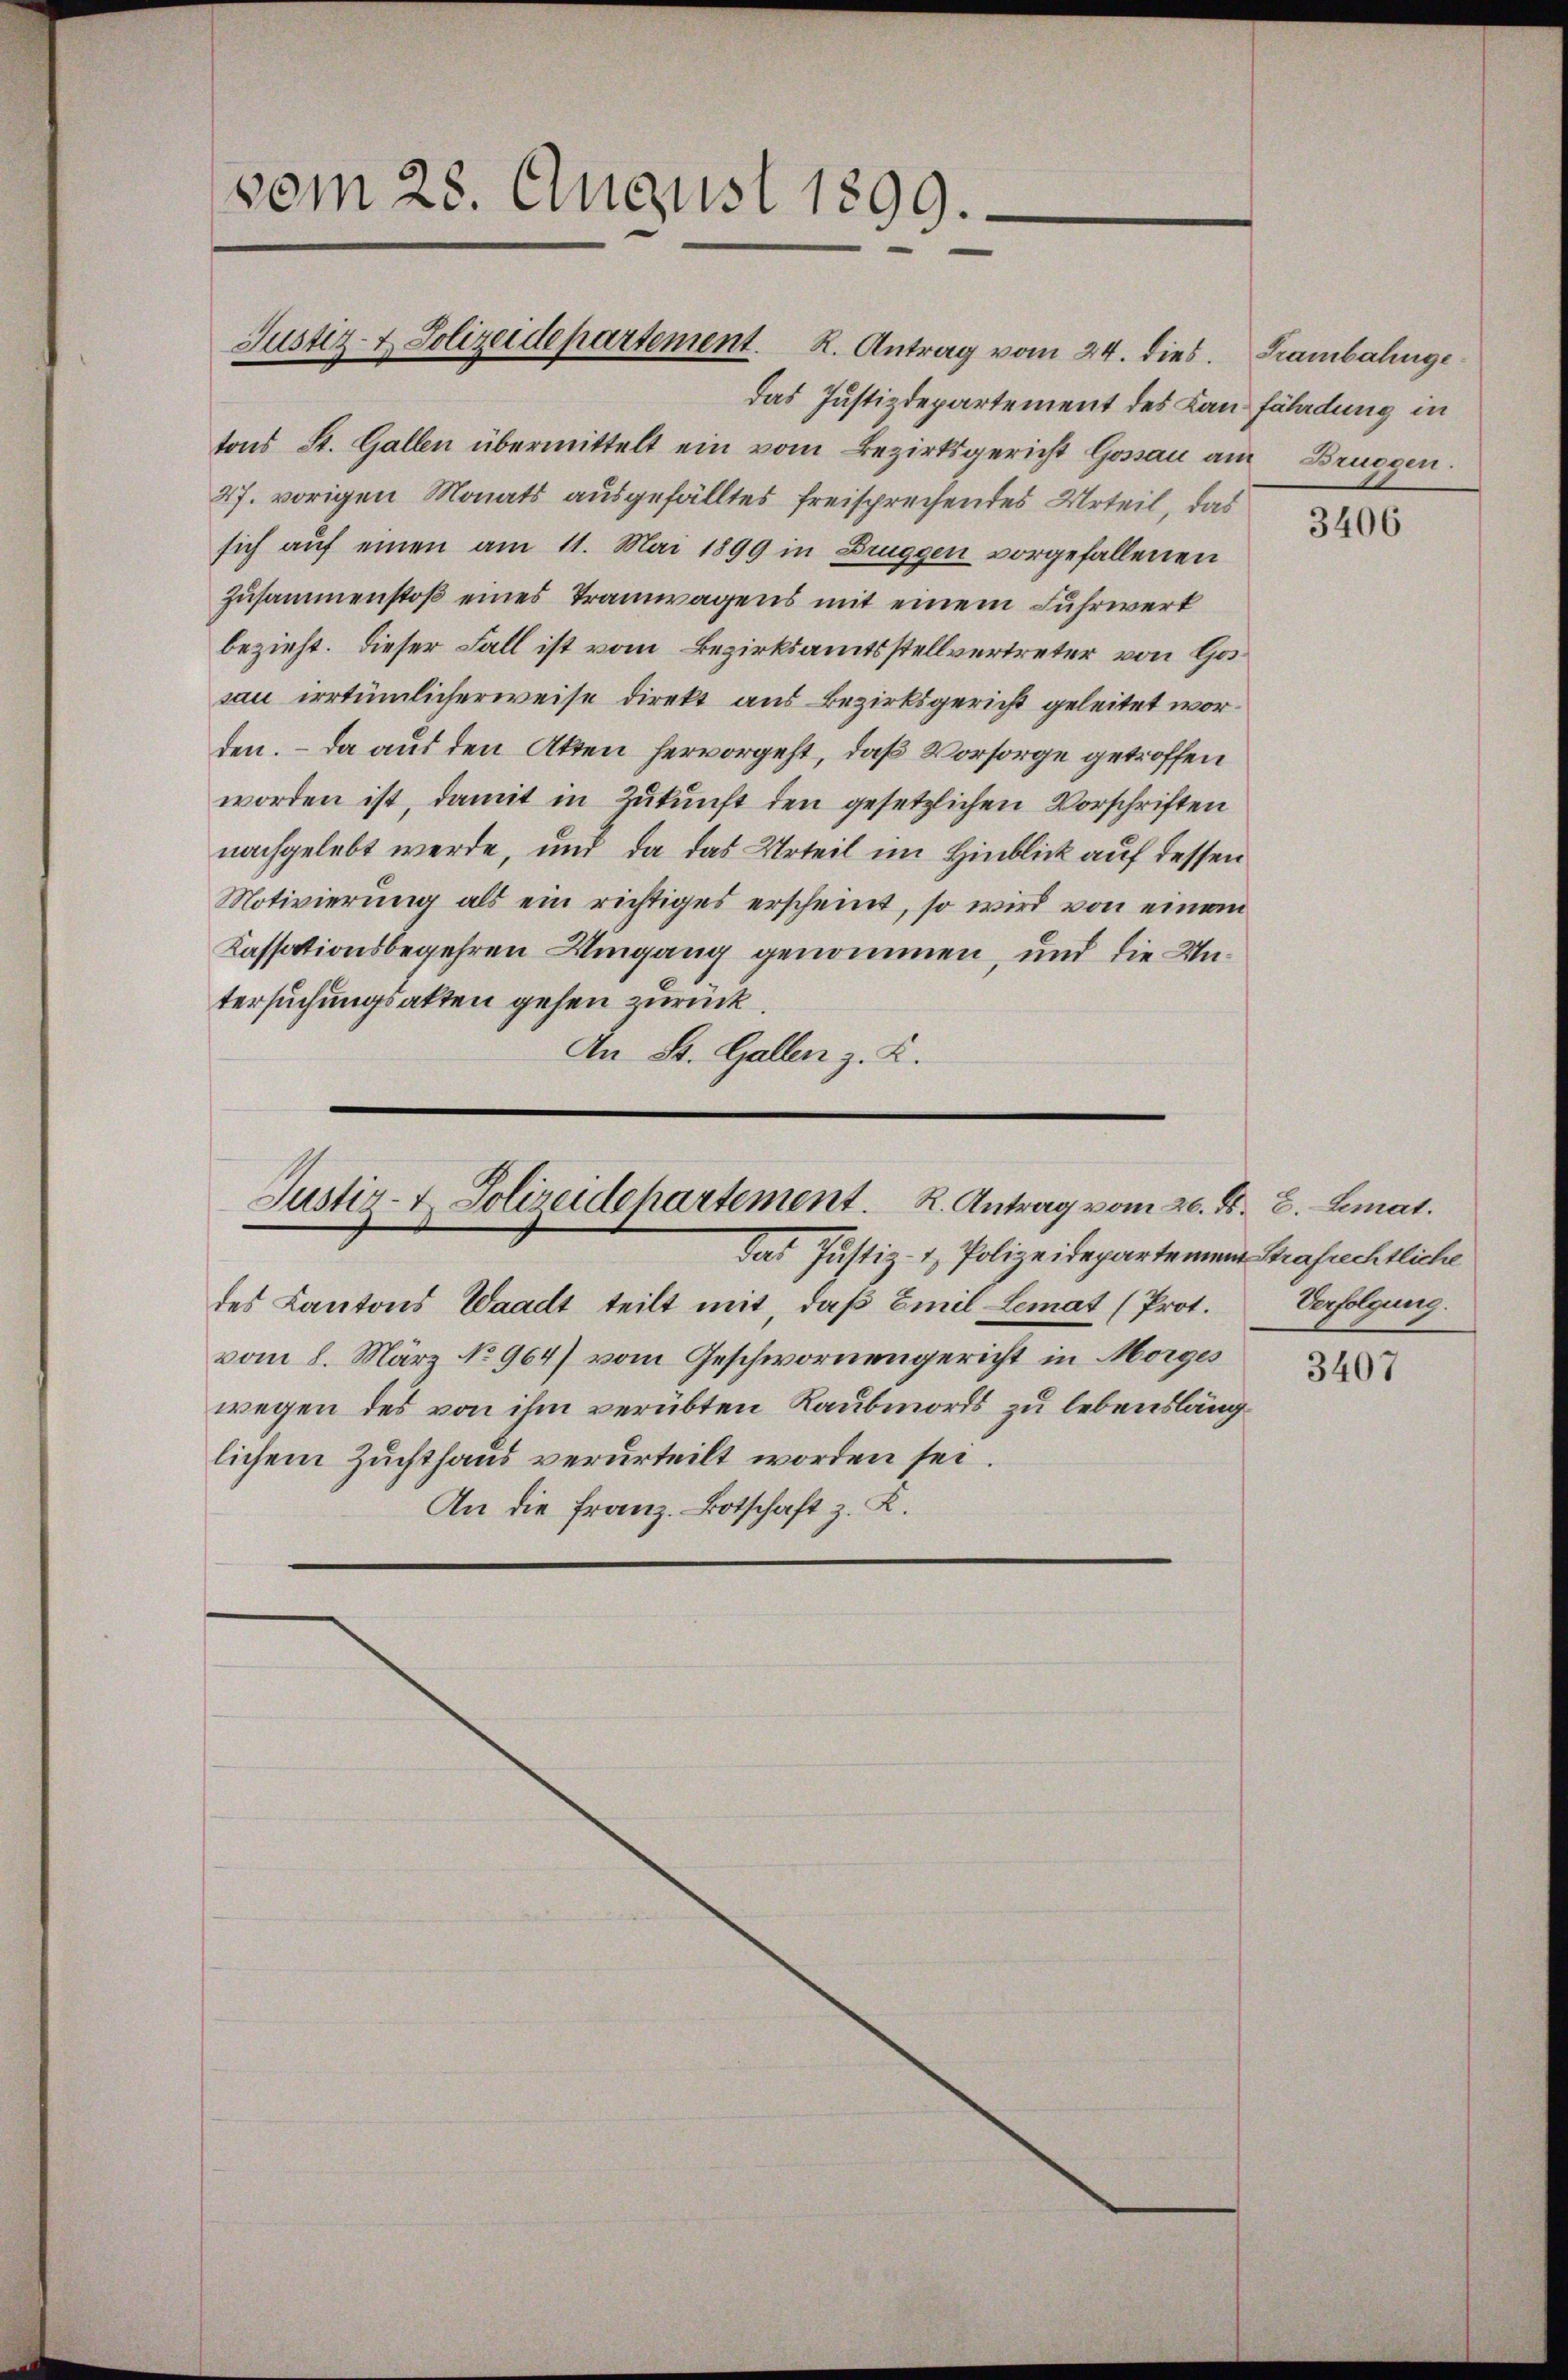
vom 28. August 1899.

Justiz- & Polizeidepartement. K. Antrag vom 24. dies. Grambahnge
das Justizdepartement des Kan fährdung in
tons St. Gallen übermittelt ein vom Bezirksgericht Gossau am Bruggen.
27. vorigen Monats ausgefälltes freisprechendes Urteil, das
sich auf einen am 11. Mai 1899 in Bruggen vorgefallenen
Zusammenstoß eines Tramwagens mit einem Fuhrwerk
bezieht. Dieser Fall ist vom Bezirksamtsstellvertreter von Gos
sau irrtümlicherweise direkt aus Bezirksgericht geleitet worden. – Da aus den Akten hervorgeht, daß Vorsorge getroffen
worden ist, damit in Zukunft den gesetzlichen Vorschriften
nachgelebt werde, und da das Urteil im Hinblick auf dessen
Motivierung als ein richtiges erscheint, so wird von einem
Kassationsbegehren Umgang genommen, und die Untersuchungsakten gehen zurück.
An St. Gallen z. K.

Justiz- & Polizeidepartement. R. Antrag vom 20. d. B. Lemat.

das Justiz- & Polizeidepartement Strafrechtliche
des Kantons Waadt teilt mit, daß Emil Lemat (Prot.
vom 8. März No 964) vom Geschwornengericht in Morges
wegen des von ihm verübten Raubmords zu lebenslänglichem Zuchthaus verurteilt worden sei.
An die Franz. Botschaft z. R.

3406

Verfolgung.

3407